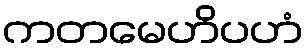
ကတမေဟိပဟံ